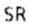
SR